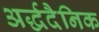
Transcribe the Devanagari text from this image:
अर्द्धदैनिक